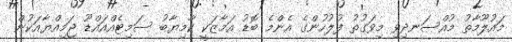
މައުލޫމާތު މުއްސަނދިވި މިވަގުތު ފުލުހުންގެ އެންމެ ބޮޑު އަމާޒަކީ ކާމިޔާބު ސަމިޓެއްއައްޑޫ ޖަމިއްޔާއަކުން